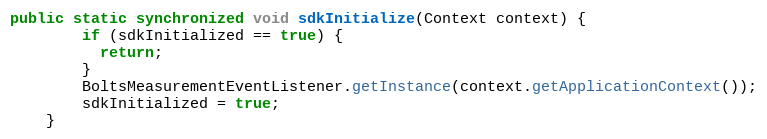
Language: Java
public static synchronized void sdkInitialize(Context context) {
        if (sdkInitialized == true) {
          return;
        }
        BoltsMeasurementEventListener.getInstance(context.getApplicationContext());
        sdkInitialized = true;
    }